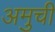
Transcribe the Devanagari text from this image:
अमुची